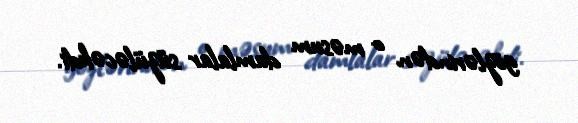
gözlərindən o məsum damlalar süzüləcəkdi.